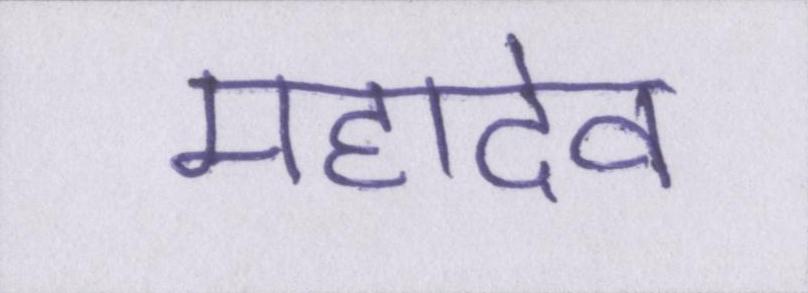
महादेव